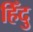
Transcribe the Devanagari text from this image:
हिँदु